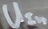
Text: UIn